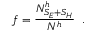
f = \frac { N _ { S _ { E } + S _ { H } } ^ { h } } { N ^ { h } } \; \; .